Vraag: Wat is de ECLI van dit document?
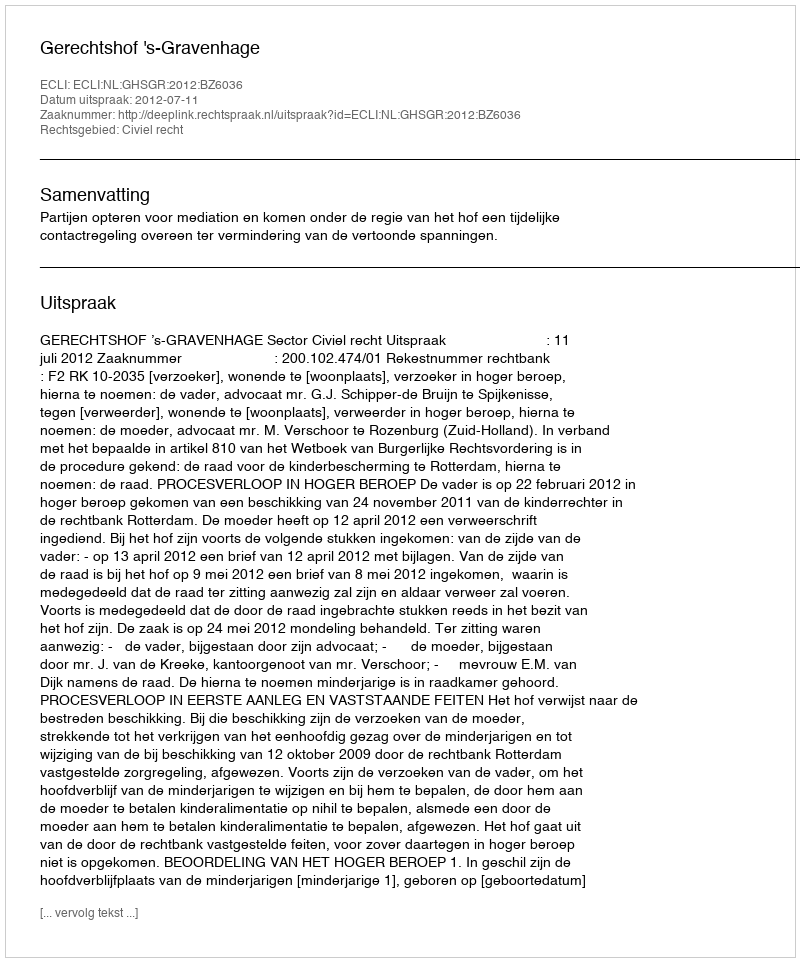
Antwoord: ECLI:NL:GHSGR:2012:BZ6036